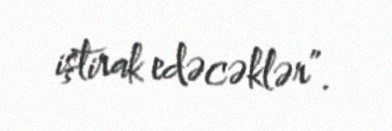
iştirak edəcəklər”.